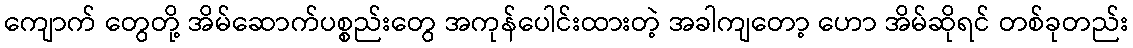
ကျောက် တွေတို့ အိမ်ဆောက်ပစ္စည်းတွေ အကုန်ပေါင်းထားတဲ့ အခါကျတော့ ဟော အိမ်ဆိုရင် တစ်ခုတည်း